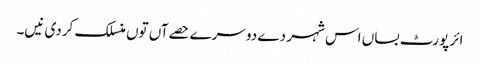
ائر پورٹ بساں اس شہر دے دوسرے حصےآں تو‏ں منسلک کردی نیں۔